Eesti_Peakonsulaat_New_Yorgis, lk 51
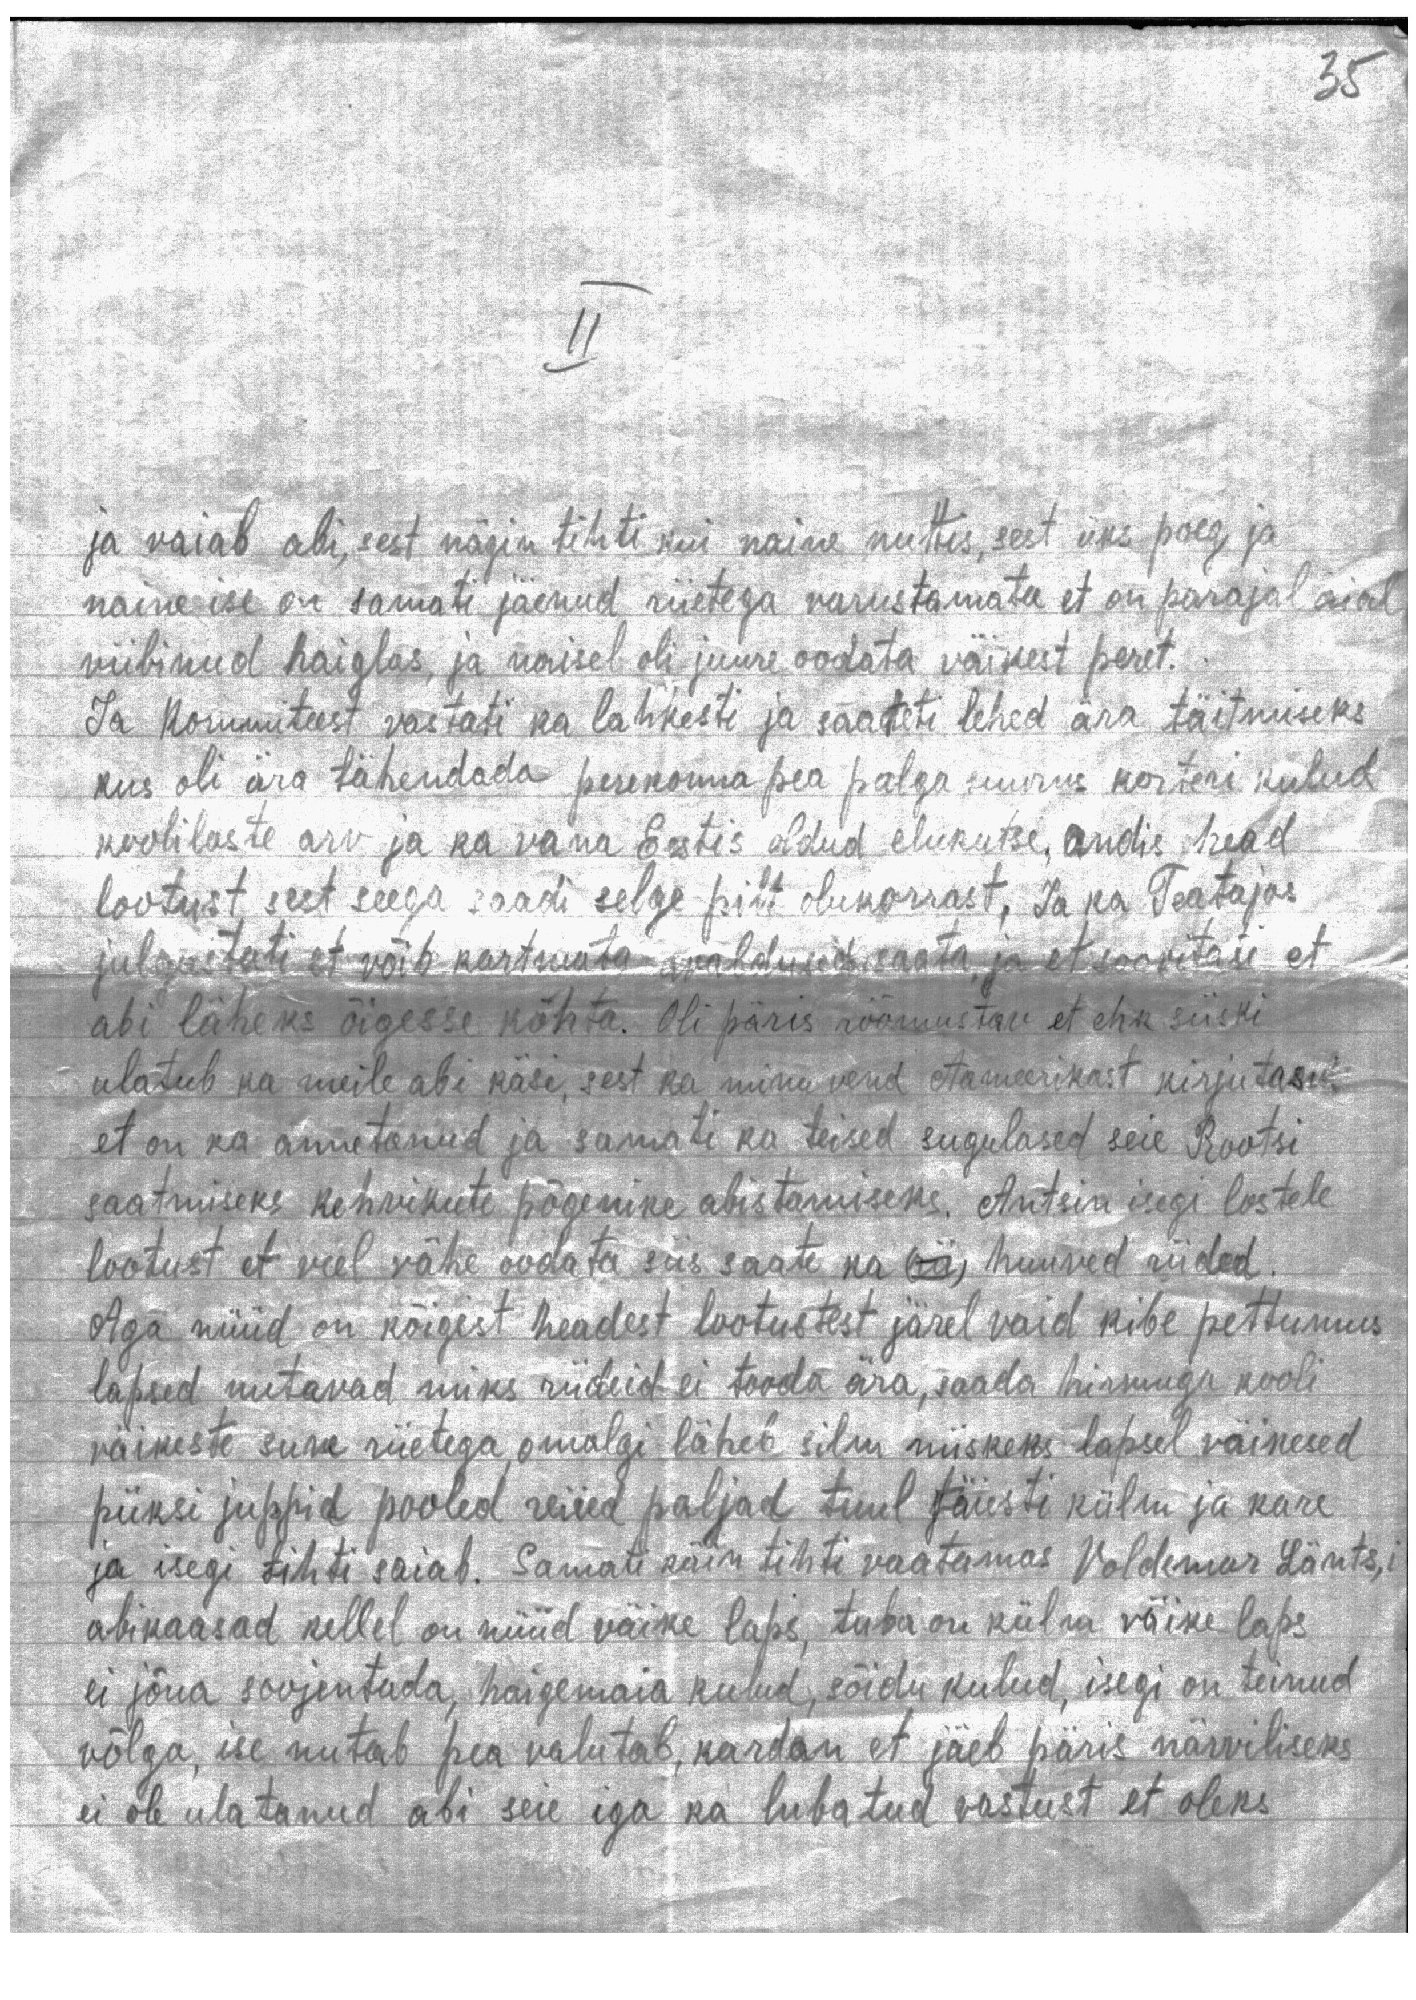
35

II

ja vaiab abi, sest nägin tihti kui naine nuttis, sast üks poeg ja
naine ise on samati jäenud riietega varustamata et on parajal aial
viibinud haiglas, ja naisel oli juure oodata väikest peret.
Ja Kommiteest vastati ka lahkesti ja saadeti lehed ära täitmiseks
kus oli ära tähendada perekonna pea palga suurus korteri kulud
koolilaste arv ja ka vana Eestis oldud elukutse, andis head
lootust sest seega saadi selge pilt olukorrast, Ja ka Teatajas
julgustati et võib kartmata avaldused saata ja et soovitati et
abi läheks õigesse kohta. Oli päris rõõmustav et ehk siiski
ulatub ka meile abi käsi, sest ka minu vend Ameerikast kirjutas
et on ka annetanud ja samati ka teised sugulased seie Rootsi
saatmiseks kehvikute põgenike abistamiseks. Antsin isegi lastele
lootust et veel vähe oodata siis saate ka (rii) huuved riided
Aga nüüd on kõigest headest lootustest järel vaid kibe pettumus
lapsed nutavad miks riideid ei tooda ära, saada hirmuga kooli
väikeste suve riietega, omalgi läheb silm niiskeks lapsel väikesed
püksi juppid pooled reiied paljad tuul täiesti külm ja kare
ja isegi tihti saiab. Samati käin tihti vaatamas Voldemar Länts,i
abikaasad kellel on nüüd väike laps, tuba on külm väike laps
ei jõua soojentada, haigemaia kulud, sõidu kulud, isegi on teinud
võlga, ise nutab pea valutab, kardan et jäeb päris närviliseks
ei ole ulatanud abi seie iga ka lubatud vastust et oleks